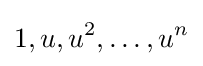
1,u,u^{2},\ldots ,u^{n}